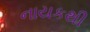
નાયકથી